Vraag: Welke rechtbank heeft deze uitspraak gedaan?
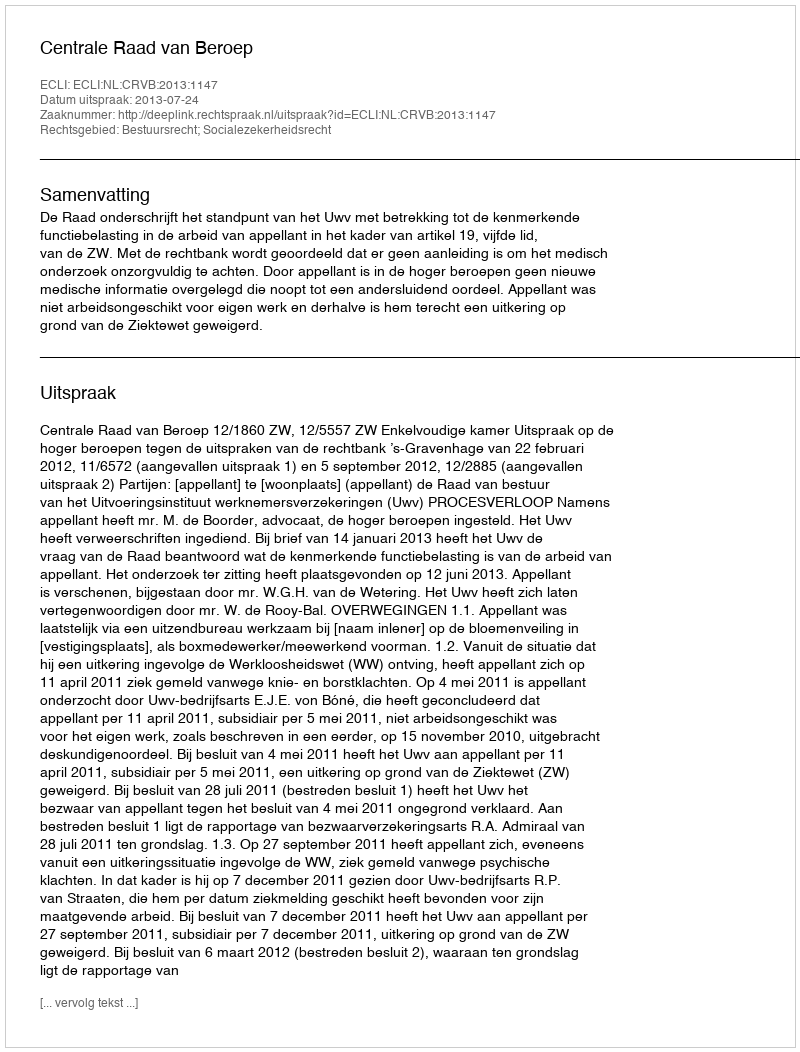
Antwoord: Centrale Raad van Beroep